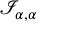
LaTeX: { \mathcal { I } } _ { \alpha , \alpha }